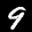
Label: 9